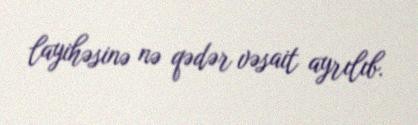
layihəsinə nə qədər vəsait ayrılıb.